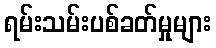
ရမ်းသမ်းပစ်ခတ်မှုများ